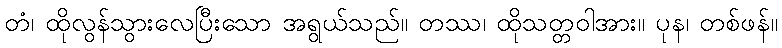
တံ၊ ထိုလွန်သွားလေပြီးသော အရွယ်သည်။ တဿ၊ ထိုသတ္တဝါအား။ ပုန၊ တစ်ဖန်။